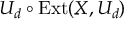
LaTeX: U _ { d } \circ { \mathrm { E x t } } ( X , U _ { d } )